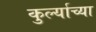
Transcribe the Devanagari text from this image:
कुर्ल्याच्या